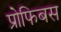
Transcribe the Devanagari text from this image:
प्रोफिबस